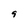
Character: 9